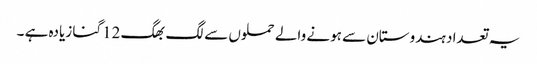
یہ تعداد ہندوستان سے ہونے والے حملوں سے لگ بھگ 12گنا زیادہ ہے ۔